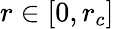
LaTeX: r\in\lbrack 0,r_{c}]